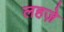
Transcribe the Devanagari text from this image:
लहजे़